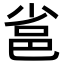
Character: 𨚒